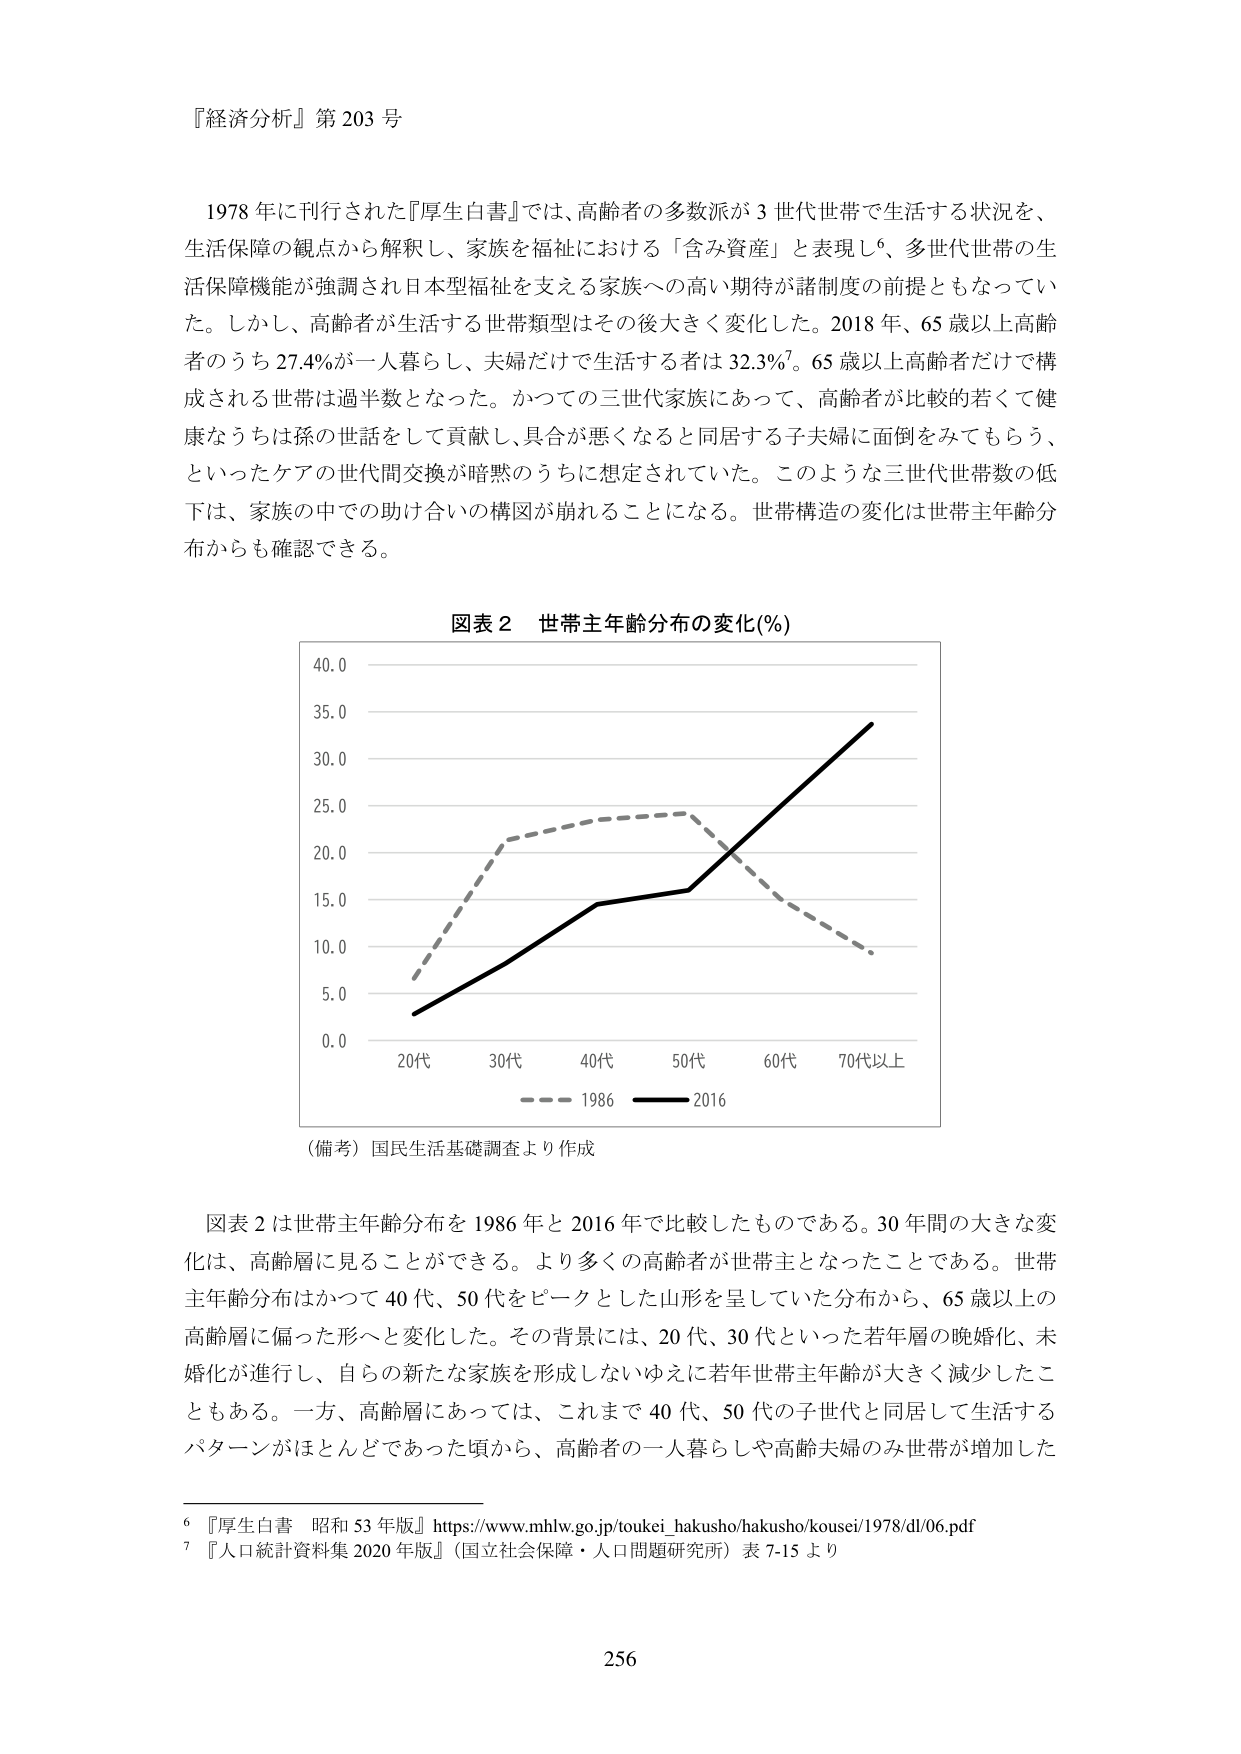
『経済分析』第203号

1978年に刊行された『厚生白書』では、高齢者の多数派が3世代世帯で生活する状況を、生活保障の観点から解釈し、家族を福祉における「含み資産」と表現し⁶、多世代世帯の生活保障機能が強調され日本型福祉を支える家族への高い期待が諸制度の前提ともなっていた。しかし、高齢者が生活する世帯類型はその後大きく変化した。2018年、65歳以上高齢者のうち27.4％が一人暮らし、夫婦だけで生活する者は32.3％⁷。65歳以上高齢者だけで構成される世帯は過半数となった。かつての三世代家族にあって、高齢者が比較的若くて健康なうちは孫の世話をして貢献し、具合が悪くなると同居する子夫婦に面倒をみてもらう、といったケアの世代間交換が暗黙のうちに想定されていた。このような三世代世帯数の低下は、家族の中での助け合いの構図が崩れることになる。世帯構造の変化は世帯主年齢分布からも確認できる。

図表2 世帯主年齢分布の変化（％）

（備考）国民生活基礎調査より作成

図表2は世帯主年齢分布を1986年と2016年で比較したものである。30年間の大きな変化は、高齢層に見ることができる。より多くの高齢者が世帯主となったことである。世帯主年齢分布はかつて40代、50代をピークとした山形を呈していた分布から、65歳以上の高齢層に偏った形へと変化した。その背景には、20代、30代といった若年層の晩婚化、未婚化が進行し、自らの新たな家族を形成しないゆえに若年世帯主年齢が大きく減少したこともある。一方、高齢層にあっては、これまで40代、50代の子世代と同居して生活するパターンがほとんどであった頃から、高齢者の一人暮らしや高齢夫婦のみ世帯が増加した

⁶『厚生白書 昭和53年版』https://www.mhlw.go.jp/toukei_hakusho/hakusho/kousei/1978/dl/06.pdf
⁷『人口統計資料集2020年版』（国立社会保障・人口問題研究所）表7-15より

256